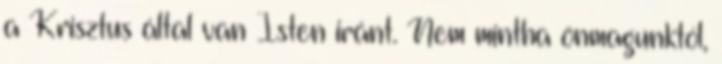
a Krisztus által van Isten iránt. Nem mintha önmagunktól,